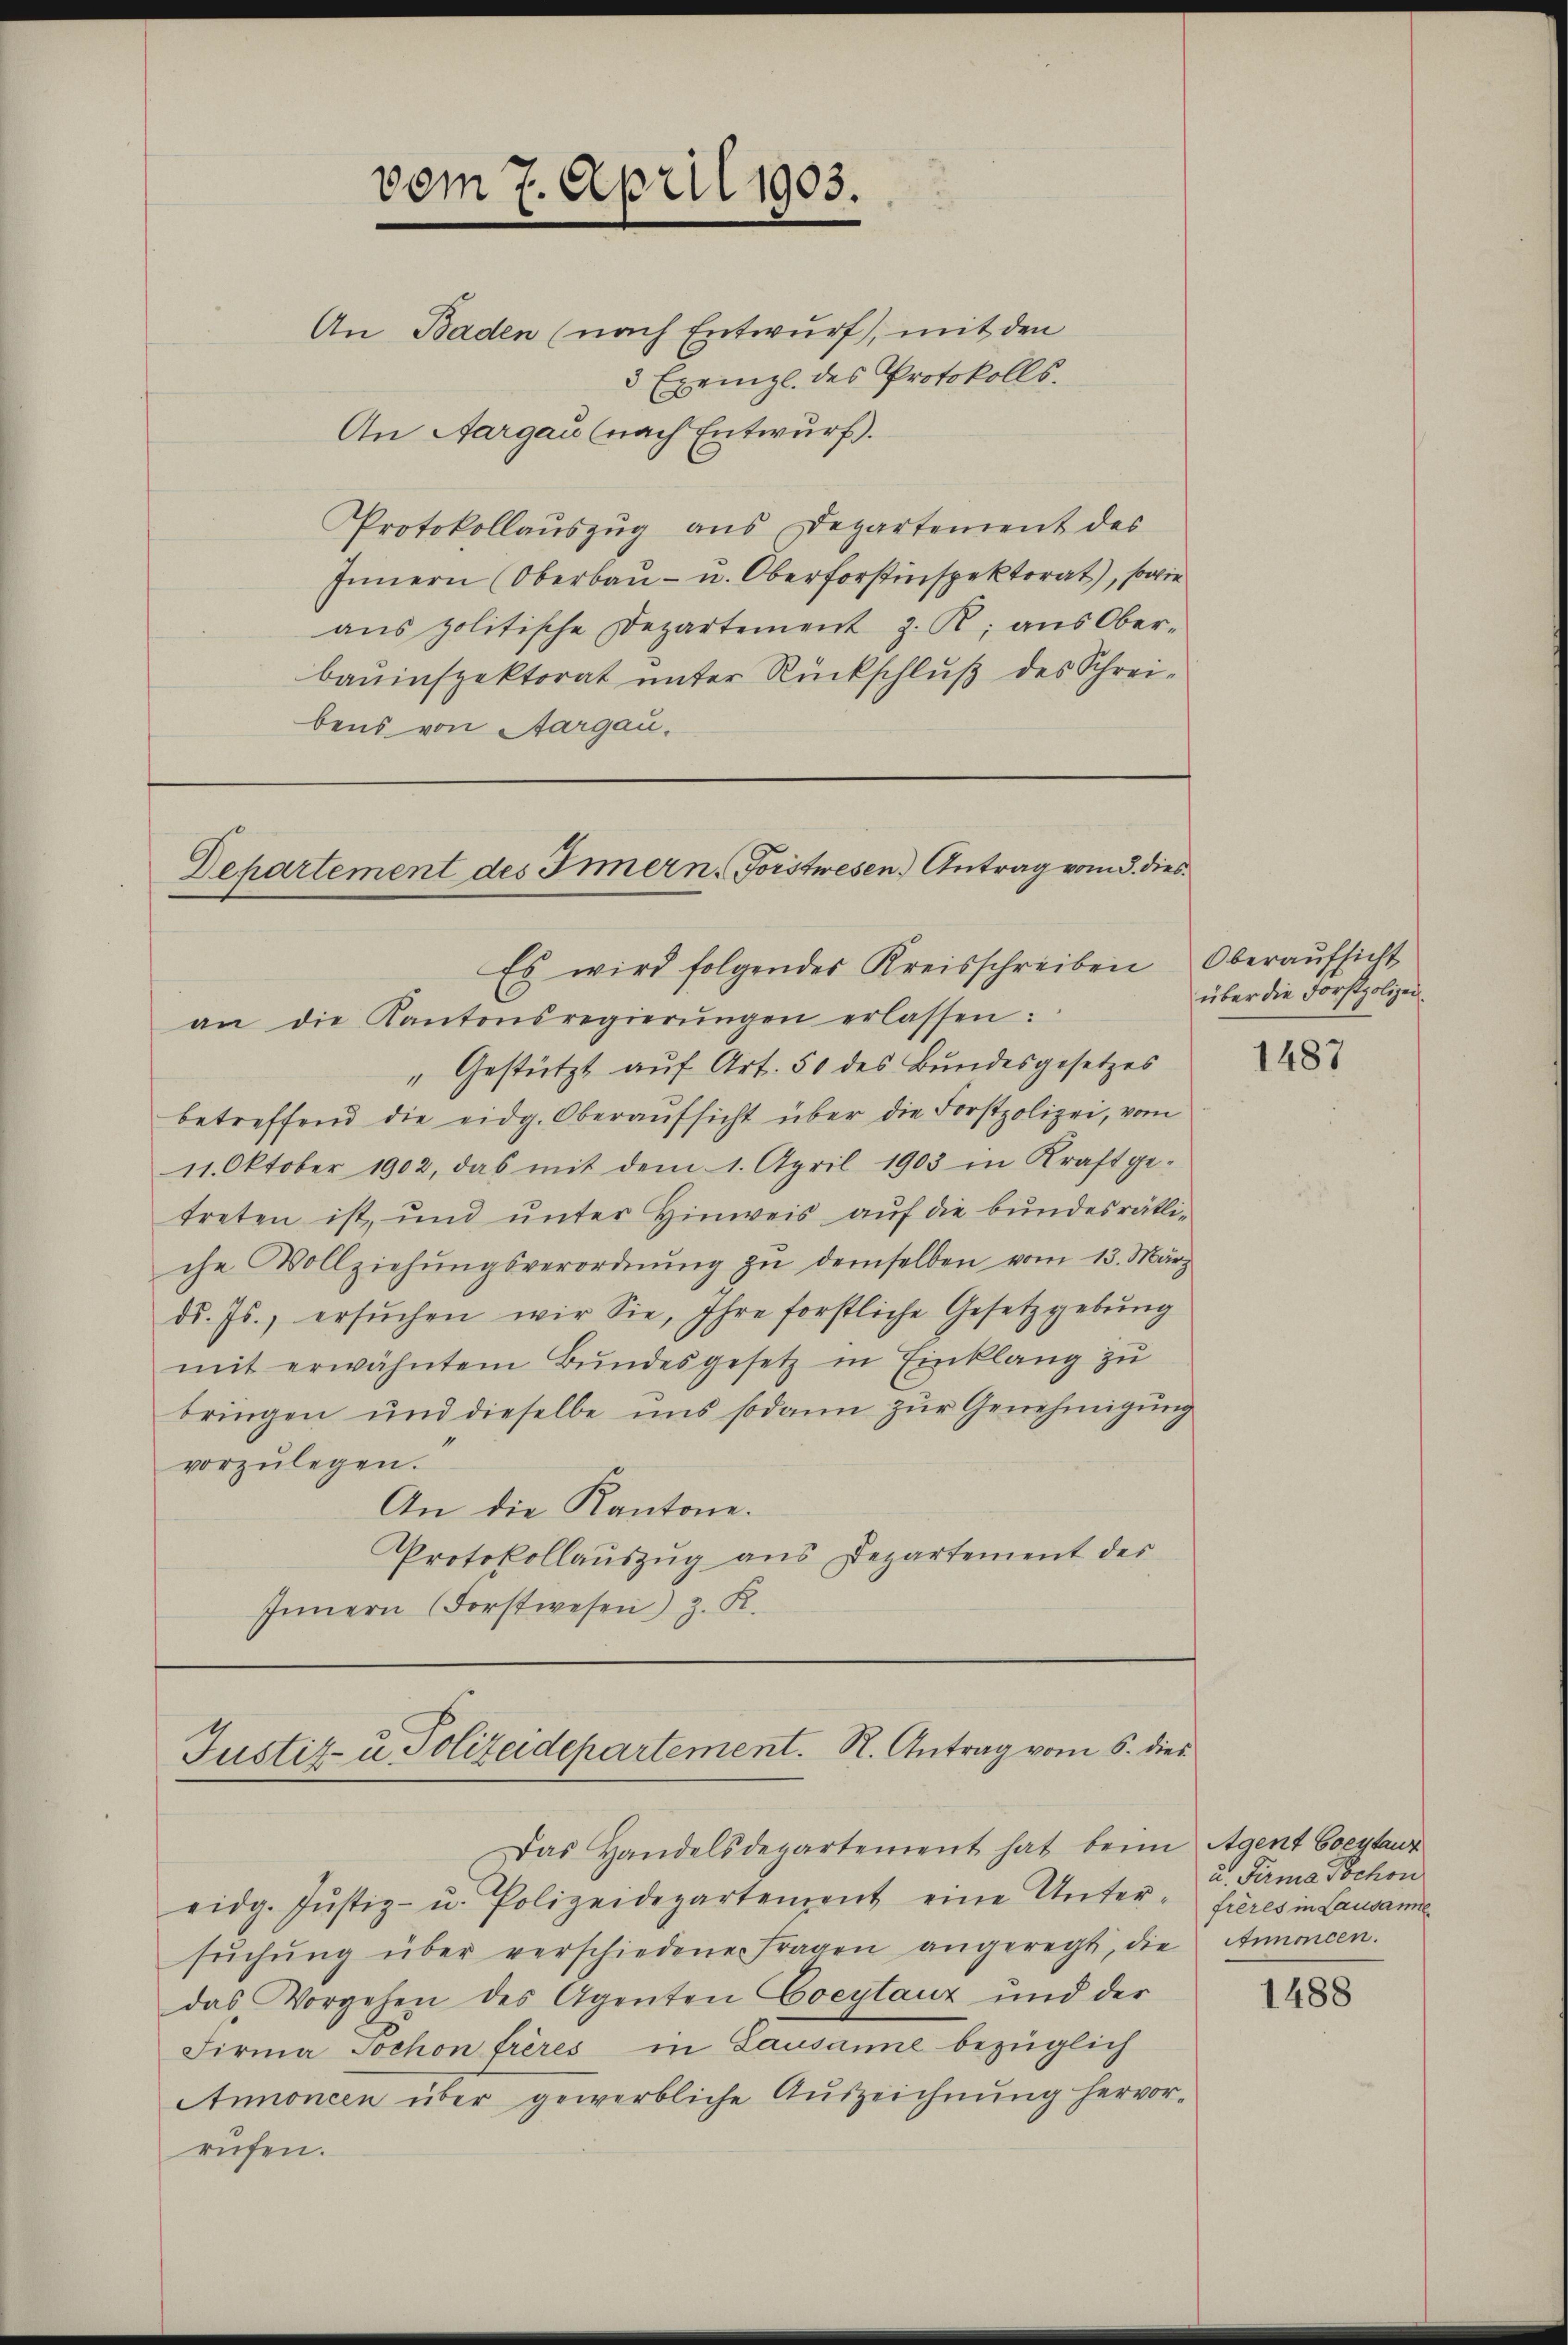
vom 7. April 1903.
An Baden (nach Entwurf, mit den
3 Exempl. des Protokolls.
An Aargau (nach Entwurf.

Departement des Innern. Forstwesen) Antrag vom 3. dies¬

Es wird folgendes Kreisschreiben Oberaufsicht
an die Kantonsregierŭngen erlassen:
"Gestützt auf Art. 50 des Bundesgesetzes
betreffend die eidg. Oberaufsicht über die Forstpolizei, vom
11. Oktober 1902, das mit dem 1. April 1903 in Kraft ge-
treten ist, und unter Hinweis auf die bundesrätliche Vollziehŭngsverordnŭng zŭ demselben vom 13. März
dd. Js., ersŭchen wir Sie, Ihre forstliche Gesetzgebung
mit erwähntem Bundesgesetz in Einklang zu
bringen und dieselbe uns sodann zur Genehmigung
vorzŭlegen.
An die Kantone.
Protokollaŭszŭg ans Departement des
Innern (Forstwesen) z. K.

Justiz- u. Polizeidepartement. R. Antrag vom 5. dies

Protokollauszug aus Departement des
Innern (Oberbau- u. Oberforstinspektorat), sowie
ans politische Departement z. R. aus Oberbauinspektorat unter Rückschluß des Schreibens von Aargau.

Das Handelsdepartement hat beim Agent Coeytaur
eidg. Jŭstiz- u. Polizeidepartement eine Unter-
sŭchŭng über verschiedene Fragen angeregt, die Annoncen.
das Vorgehen des Agenten Coeytauz und der
Firma Tochon frères in Lausanne bezüglich
Annoncen über gewerbliche Auszeichnung hervor-
rufen.

über die Forstpolizei.

1487

u. Firma Tochon
frères in Lausanne

1488